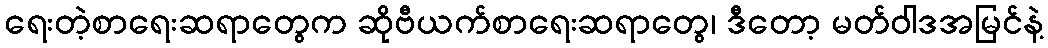
ရေးတဲ့စာရေးဆရာတွေက ဆိုဗီယက်စာရေးဆရာတွေ၊ ဒီတော့ မတ်ဝါဒအမြင်နဲ့